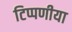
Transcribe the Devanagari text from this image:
टिप्पणीया